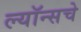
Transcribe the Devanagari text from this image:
ल्यॉन्सचे